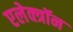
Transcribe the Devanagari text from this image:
एलेक्त्रॉन